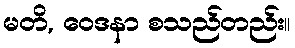
မတိ, ဝေဒနာ စသည်တည်း။